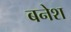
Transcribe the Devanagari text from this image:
बनेश